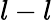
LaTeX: l-l